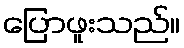
ပြောဖူးသည်။